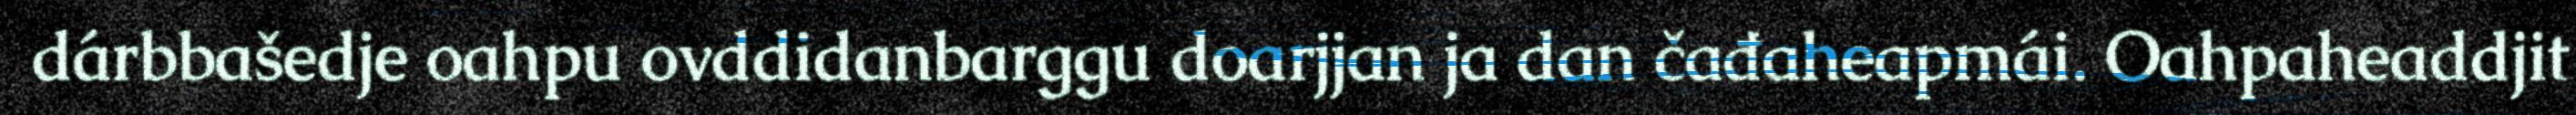
dárbbašedje oahpu ovddidanbarggu doarjjan ja dan čađaheapmái. Oahpaheaddjit